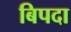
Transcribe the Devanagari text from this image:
बिपदा